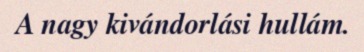
A nagy kivándorlási hullám.